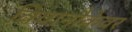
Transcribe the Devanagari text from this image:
विवानौकेवर